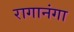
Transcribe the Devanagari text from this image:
रागानंगा